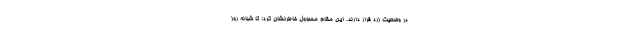
در وضعیت زرد قرار دارند. این مقام مسوول خاطرنشان کرد: تا شبانه روز